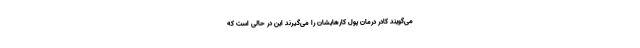
می‌گویند کادر درمان پول کارهایشان را می‌گیرند این در حالی است که